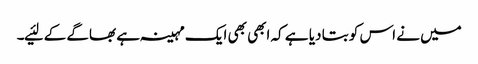
میں نے اس کو بتا دیا ہے کہ ابھی بھی ایک مہینہ ہے بھاگے کے لئیے۔